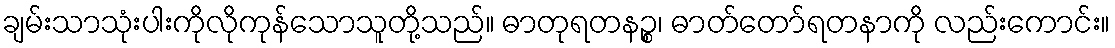
ချမ်းသာသုံးပါးကိုလိုကုန်သောသူတို့သည်။ ဓာတုရတနဉ္စ၊ ဓာတ်တော်ရတနာကို လည်းကောင်း။